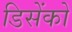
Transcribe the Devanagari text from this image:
डिसेंको